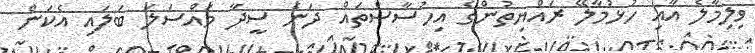
ވިލިމާލެ އާއި ހުޅުމާލޭ ރައްޔިތުންގެ އިހުސާސްތައް ދަނެ ސީދާ މައްސަލަ ބަލައި އެކަން